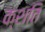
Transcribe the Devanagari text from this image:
क्शति